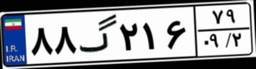
۴۹گ۵۱۷۲۳